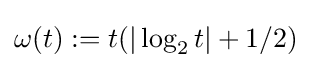
\omega (t):=t(|\log _{2}t|+1/2)